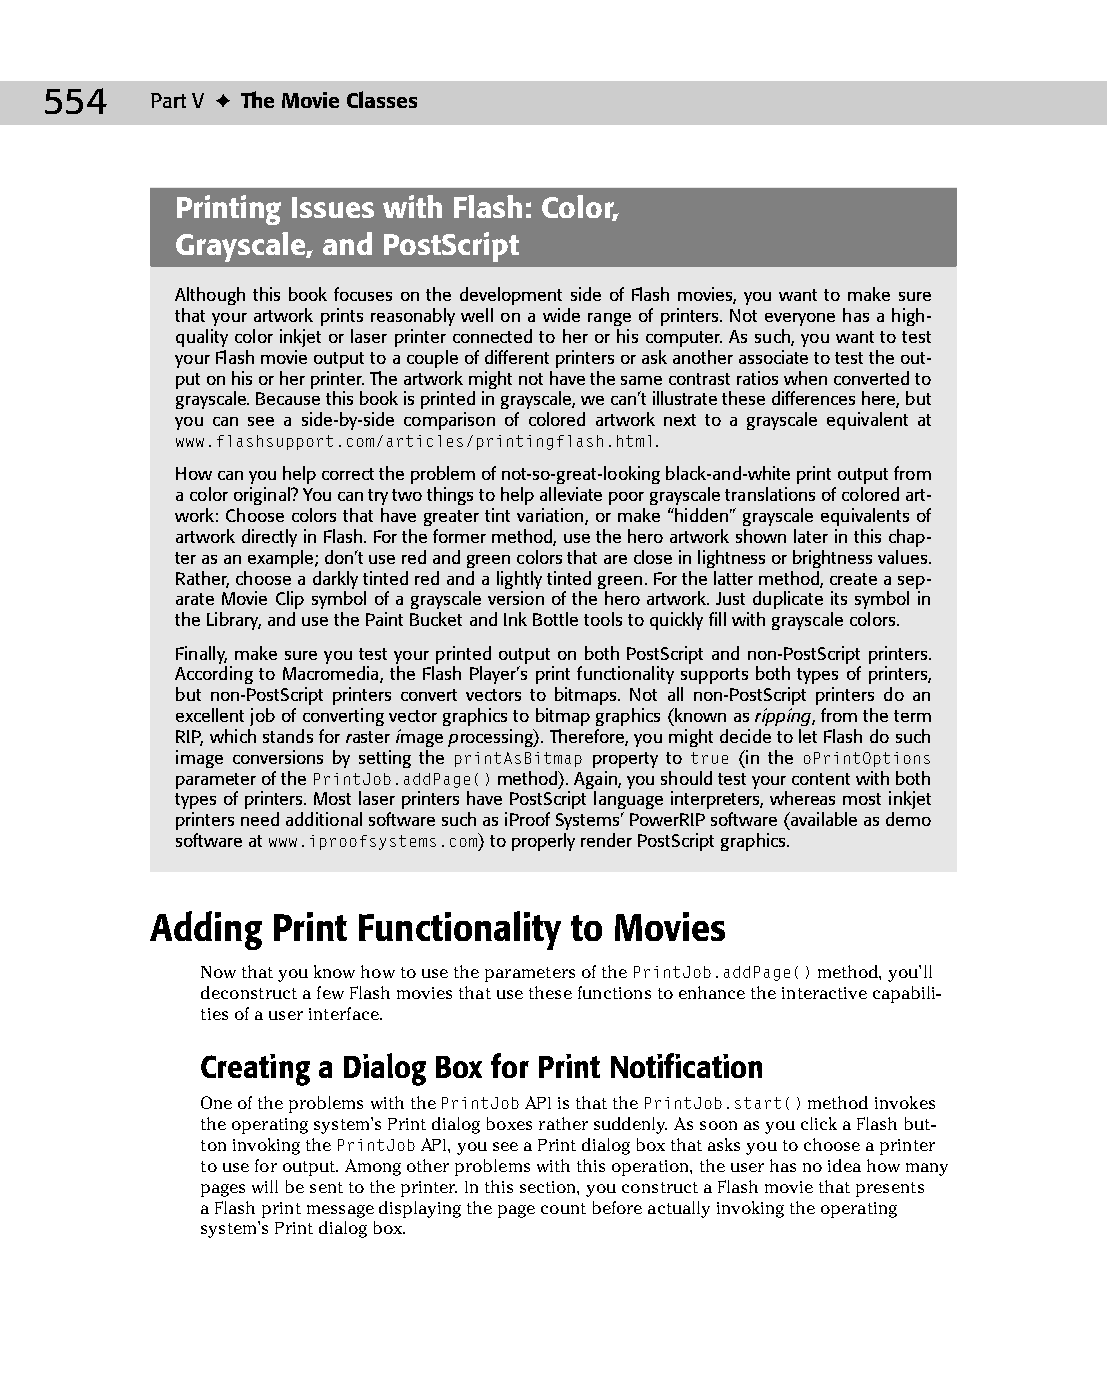
28 543547 ch22.qxd 3/24/04 4:09 PM Page 554
 554    Part V ✦ The Movie Classes
 Printing Issues with Flash: Color,
 Grayscale, and PostScript
 Although this book focuses on the development side of Flash movies, you want to make sure
 that your artwork prints reasonably well on a wide range of printers. Not everyone has a high-
 quality color inkjet or laser printer connected to her or his computer. As such, you want to test
 your Flash movie output to a couple of different printers or ask another associate to test the out­
 put on his or her printer. The artwork might not have the same contrast ratios when converted to
 grayscale. Because this book is printed in grayscale, we can’t illustrate these differences here, but
 you can see a side-by-side comparison of colored artwork next to a grayscale equivalent at
 www.flashsupport.com/articles/printingflash.html.
 How can you help correct the problem of not-so-great-looking black-and-white print output from
 a color original? You can try two things to help alleviate poor grayscale translations of colored art­
 work: Choose colors that have greater tint variation, or make “hidden” grayscale equivalents of
 artwork directly in Flash. For the former method, use the hero artwork shown later in this chap­
 ter as an example; don’t use red and green colors that are close in lightness or brightness values.
 Rather, choose a darkly tinted red and a lightly tinted green. For the latter method, create a sep­
 arate Movie Clip symbol of a grayscale version of the hero artwork. Just duplicate its symbol in
 the Library, and use the Paint Bucket and Ink Bottle tools to quickly fill with grayscale colors.
 Finally, make sure you test your printed output on both PostScript and non-PostScript printers.
 According to Macromedia, the Flash Player’s print functionality supports both types of printers,
 but non-PostScript printers convert vectors to bitmaps. Not all non-PostScript printers do an
 excellent job of converting vector graphics to bitmap graphics (known as ripping, from the term
 RIP, which stands for raster image processing). Therefore, you might decide to let Flash do such
 image conversions by setting the printAsBitmap property to true (in the oPrintOptions
 parameter of the PrintJob.addPage() method). Again, you should test your content with both
 types of printers. Most laser printers have PostScript language interpreters, whereas most inkjet
 printers need additional software such as iProof Systems’ PowerRIP software (available as demo
 software at www.iproofsystems.com) to properly render PostScript graphics.
 Adding  Print Functionality to Movies
 Now that you know how to use the parameters of the PrintJob.addPage() method, you’ll
 deconstruct a few Flash movies that use these functions to enhance the interactive capabili­
 ties of a user interface.
 Creating a Dialog Box for Print Notification
 One of the problems with the PrintJob API is that the PrintJob.start() method invokes
 the operating system’s Print dialog boxes rather suddenly. As soon as you click a Flash but­
 ton invoking the PrintJob API, you see a Print dialog box that asks you to choose a printer
 to use for output. Among other problems with this operation, the user has no idea how many
 pages will be sent to the printer. In this section, you construct a Flash movie that presents
 a Flash print message displaying the page count before actually invoking the operating
 system’s Print dialog box.